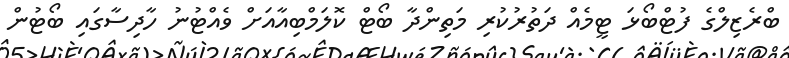
ބްރެޒިލްގެ ފުޓްބޯޅަ ޓީމެއް ދަތުރުކުރި މަތިންދާ ބޯޓް ކޮލަމްބިއާއަށް ވެއްޓުނު ހާދިސާގައި ބޯޓުން